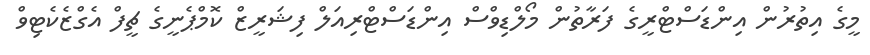
މީގެ އިތުރުން އިންޑަސްޓްރީގެ ފަރާތުން މޯލްޑިވްސް އިންޑަސްޓްރިއަލް ފިޝަރީޒް ކޮމްޕެނީގެ ޗީފް އެގްޒެކެޓިވް